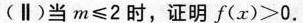
(∥)当$$m ≤ 2$$时，证明$$f ( x ) > 0$$.